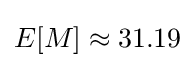
E[M]\approx 31.19